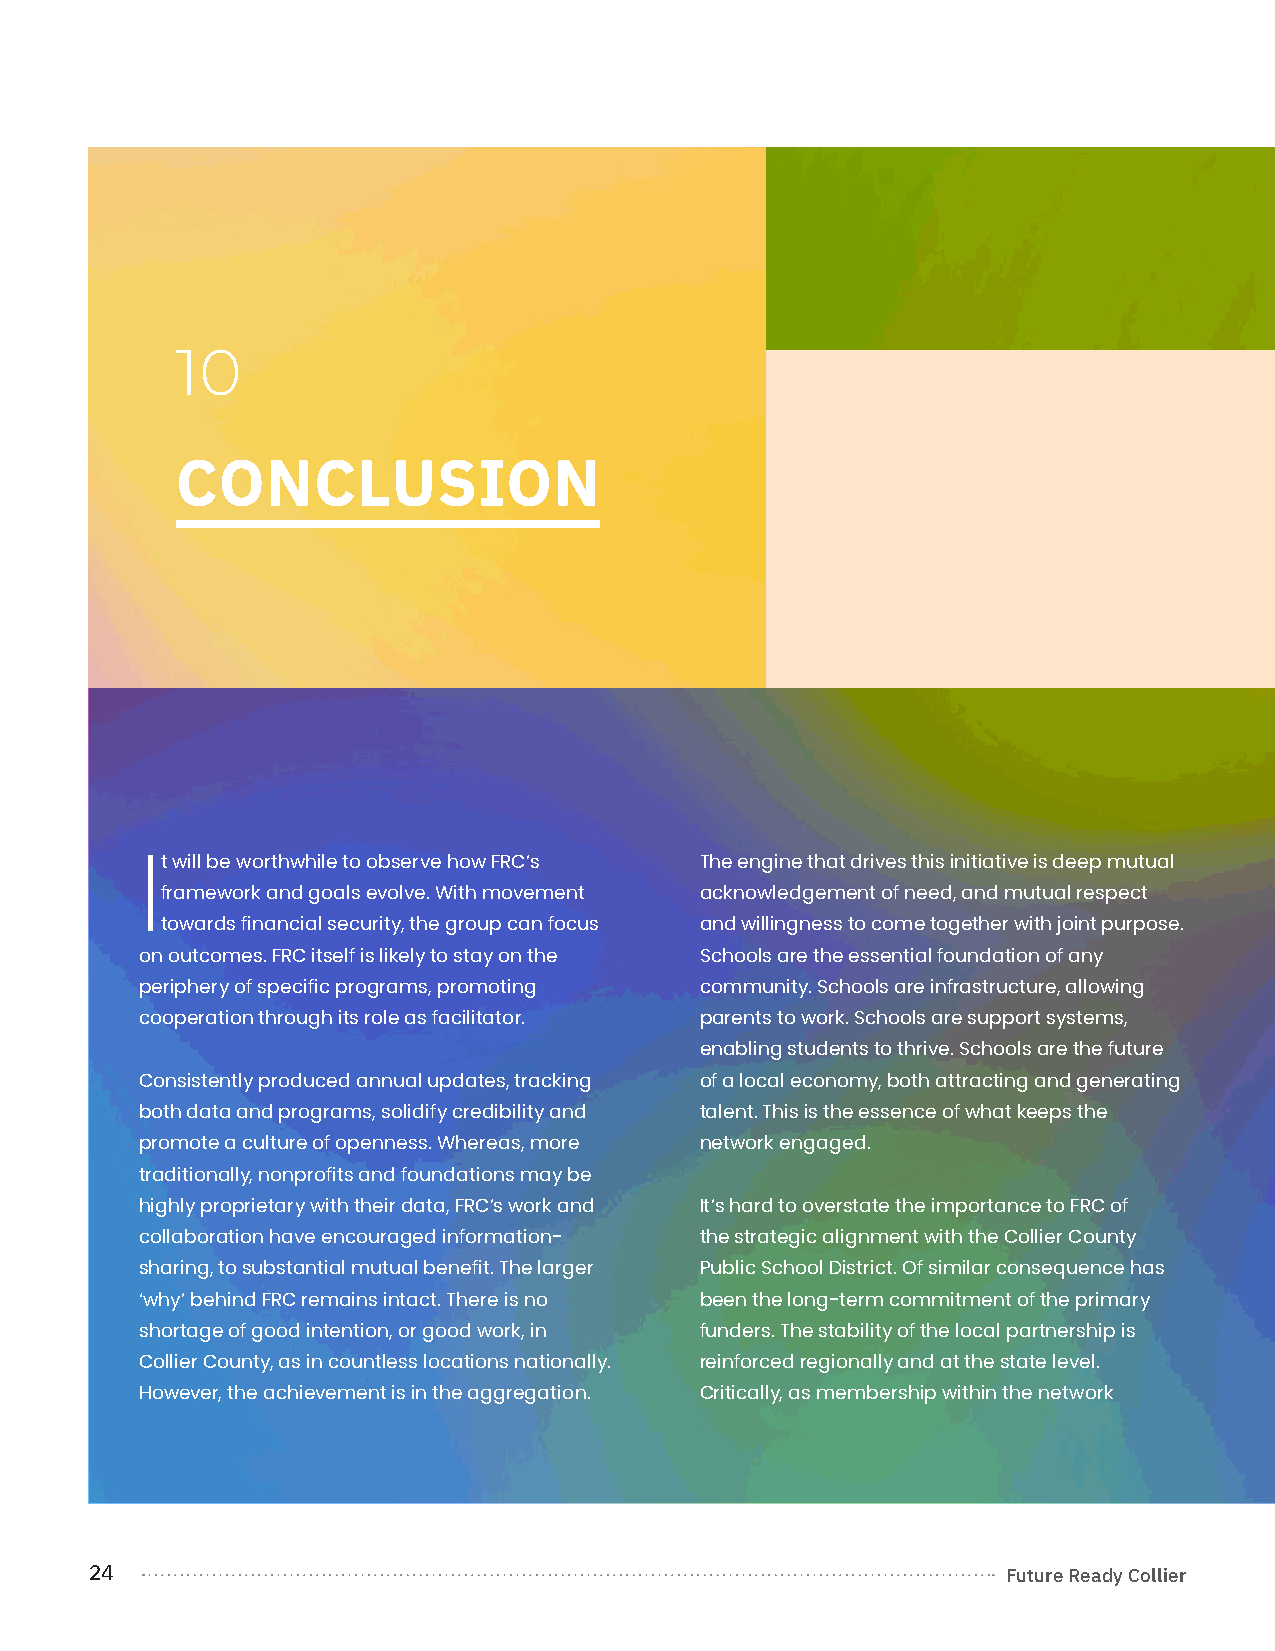
10
 CONCLUSION
 t will be worthwhile to observe how FRC’s The engine that drives this initiative is deep mutual
 I
 framework and goals evolve. With movement acknowledgement of need, and mutual respect
 towards financial security, the group can focus and willingness to come together with joint purpose.
 on outcomes. FRC itself is likely to stay on the Schools are the essential foundation of any
 periphery of specific programs, promoting community. Schools are infrastructure, allowing
 cooperation through its role as facilitator. parents to work. Schools are support systems,
 enabling students to thrive. Schools are the future
 Consistently produced annual updates, tracking of a local economy, both attracting and generating
 both data and programs, solidify credibility and talent. This is the essence of what keeps the
 promote a culture of openness. Whereas, more network engaged.
 traditionally, nonprofits and foundations may be
 highly proprietary with their data, FRC’s work and It’s hard to overstate the importance to FRC of
 collaboration have encouraged information- the strategic alignment with the Collier County
 sharing, to substantial mutual benefit. The larger Public School District. Of similar consequence has
 ‘why’ behind FRC remains intact. There is no been the long-term commitment of the primary
 shortage of good intention, or good work, in funders. The stability of the local partnership is
 Collier County, as in countless locations nationally. reinforced regionally and at the state level.
 However, the achievement is in the aggregation. Critically, as membership within the network
 24                                                           Future Ready Collier